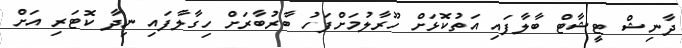
ދާނިޝް ޓީޝާޓް ބާލާފައި އަތުކޮޅަށް ހޫރާލުމަށްފަހު ބާރުބާރަށް ހިގާލާފައި ނިދާ ކޮޓަރި އަށް